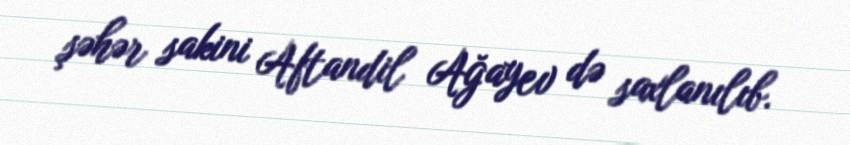
şəhər sakini Aftandil Ağayev də saxlanılıb.